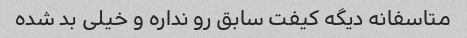
متاسفانه دیگه کیفت سابق رو نداره و خیلی بد شده